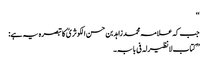
‘‘
جب کہ علامہ محمد زاہد بن حسن الکوثریؒ کا تبصرہ یہ ہے:
’’کتاب لانظیرلہ فی بابہ۔